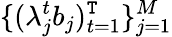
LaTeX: \{ (\lambda_{j}^{t}b_{j})_{t=1}^{\mathtt{T}}\} _{j=1}^{M}